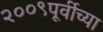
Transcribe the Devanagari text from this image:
२००९पूर्वीच्या